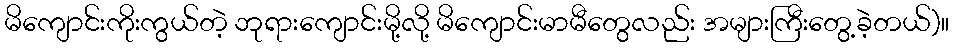
မိကျောင်းကိုးကွယ်တဲ့ ဘုရားကျောင်းမို့လို့ မိကျောင်းမာမီတွေလည်း အများကြီးတွေ့ခဲ့တယ်)။